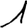
Digit: 1